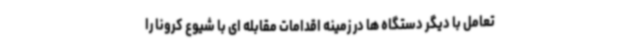
تعامل با دیگر دستگاه ها در زمینه اقدامات مقابله ای با شیوع کرونا را